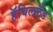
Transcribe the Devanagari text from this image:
हॅविललँड